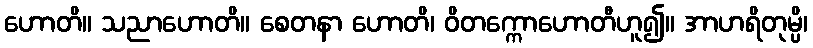
ဟောတိ။ သညာဟောတိ။ စေတနာ ဟောတိ၊ ဝိတက္ကောဟောတီဟူ၍။ အာဟရိတုမ္ပိ၊